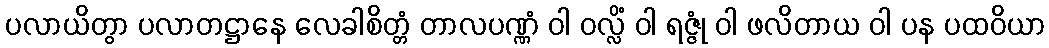
ပလာယိတွာ ပလာတဋ္ဌာနေ လေခါစိတ္တံ တာလပဏ္ဏံ ဝါ ဝလ္လိံ ဝါ ရဇ္ဇုံ ဝါ ဖလိတာယ ဝါ ပန ပထဝိယာ